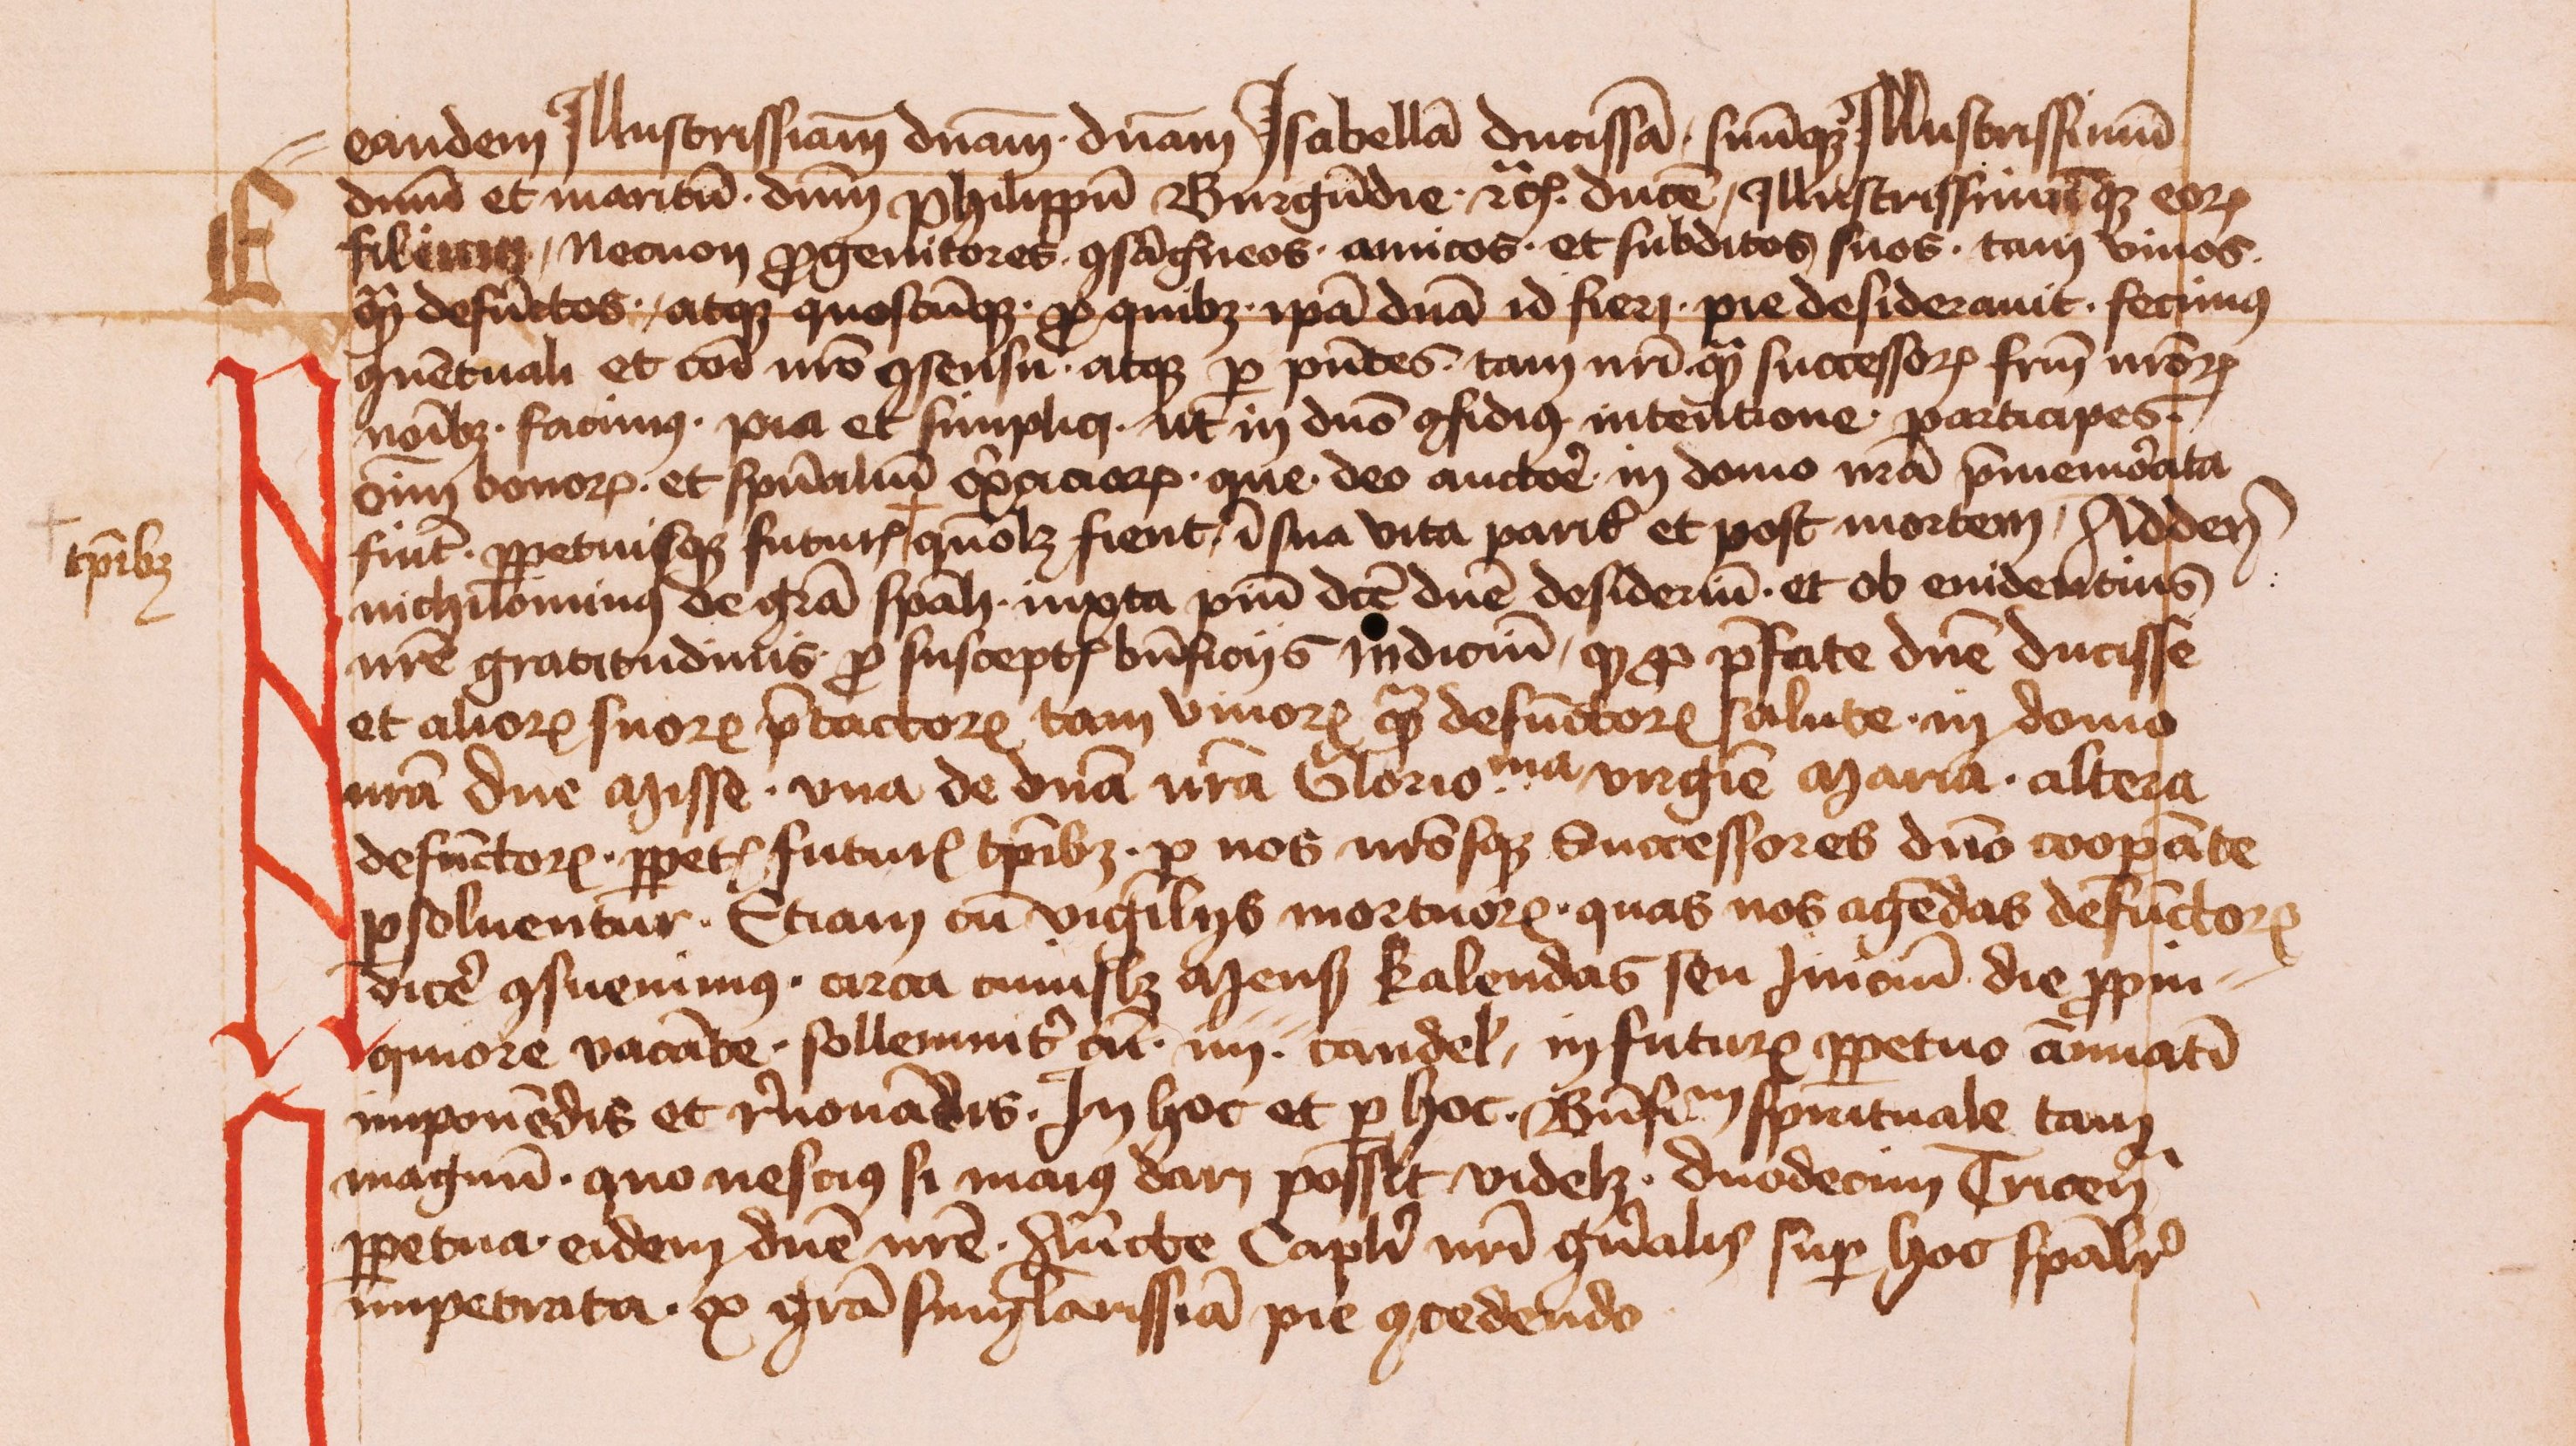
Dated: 1430–1520